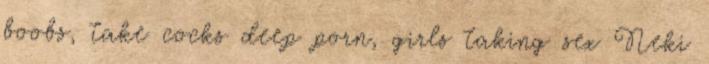
boobs, take cocks deep porn, girls taking sex Neki